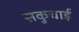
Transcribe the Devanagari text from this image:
सकुचाई